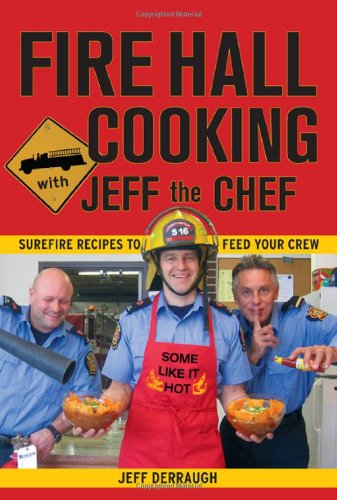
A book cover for Fire Hall Cooking with Jeff the Chef: Surefire recipes to feed your crew; Jeff Derraugh; Cookbooks, Food & Wine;